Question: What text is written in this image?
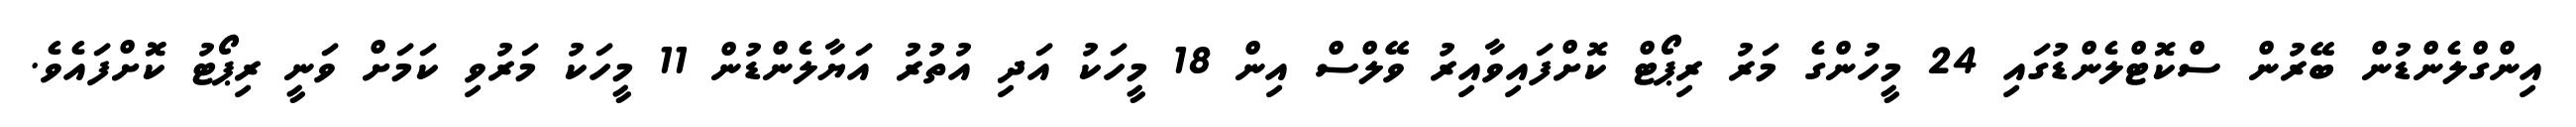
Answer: އިންގްލެންޑުން ބޭރުން ސްކޮޓްލެންޑުގައި 24 މީހުންގެ މަރު ރިޕޯޓް ކޮށްފައިވާއިރު ވޭލްސް އިން 18 މީހަކު އަދި އުތުރު އަޔާލެންޑުން 11 މީހަކު މަރުވި ކަމަށް ވަނީ ރިޕޯޓު ކޮޮށްފައެވެ.